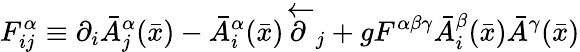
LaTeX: F_{ij}^{\alpha}\equiv\partial_{i}\bar{A}_{j}^{\alpha}(\bar{x})-\bar{A}_{i}^{\alpha}(\bar{x})\stackrel{\leftarrow}\partial_{j}+gF^{\alpha\beta\gamma}\bar{A}_{i}^{\beta}(\bar{x})\bar{A}^{\gamma}(\bar{x})